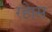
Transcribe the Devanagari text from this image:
रहेास